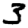
Digit: 3